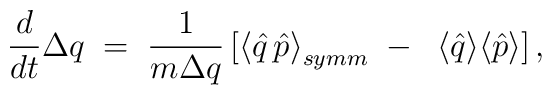
\frac{d}{dt}\Delta q \; = \; \frac{1}{m\Delta q}\,\big[ {\langle \hat{q}\, \hat{p}\rangle}_{symm} \; - \; \; \langle \hat{q}\rangle \langle \hat{p} \rangle\big]\, ,